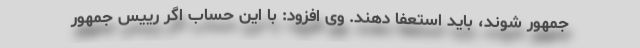
جمهور شوند، باید استعفا دهند. وی افزود: با این حساب اگر رییس جمهور